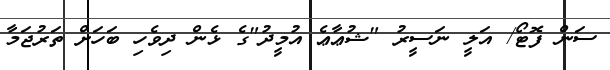
ސަން ފޮޓޯ/ އަލީ ނަސީރު "ޝުޢާޢެ އުމީދު"ގެ ޅެން ދިވެހި ބަހަށް ތަރުޖަމާ